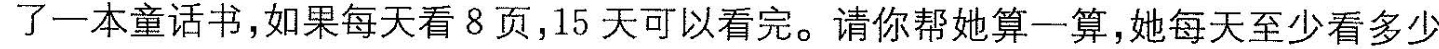
借了一本童话书，如果每天看8页，15天可以看完。请你帮她算一算，她每天至少看多少